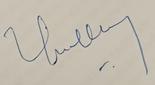
Signature authenticity: genuine